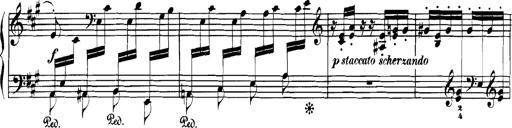
Title: Spinnerlied aus dem Fliegenden HollÃ¤nder
Composer: Franz Liszt